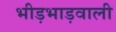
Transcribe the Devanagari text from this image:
भीड़भाड़वाली